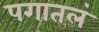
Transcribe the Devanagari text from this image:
पगातलं